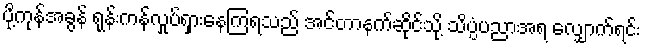
ပို့ကုန်အခွန် ရုန်းကန်လှုပ်ရှားနေကြရသည် အင်တာနက်ဆိုင်သို့ သိပ္ပံပညာအရ လျှောက်ရင်း